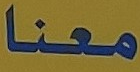
معنا